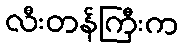
လီးတန်ကြီးက